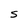
Character: S